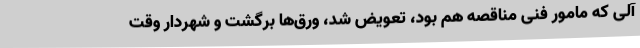
آلی که مامور فنی مناقصه هم بود، تعویض شد، ورق‌ها برگشت و شهردار وقت